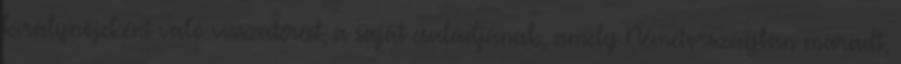
királynőjeként való visszatérést, a saját családjának, amely Németországban maradt,